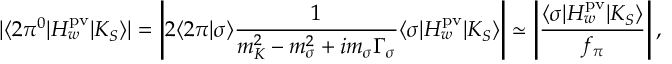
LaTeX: | \langle 2 \pi ^ { 0 } | H _ { w } ^ { \mathrm { p v } } | K _ { S } \rangle | = \left| 2 \langle 2 \pi | \sigma \rangle \frac { 1 } { m _ { K } ^ { 2 } - m _ { \sigma } ^ { 2 } + i m _ { \sigma } \Gamma _ { \sigma } } \langle \sigma | H _ { w } ^ { \mathrm { p v } } | K _ { S } \rangle \right| \simeq \left| \frac { \langle \sigma | H _ { w } ^ { \mathrm { p v } } | K _ { S } \rangle } { f _ { \pi } } \right| ,